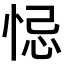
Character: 𢚁